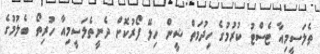
ތެލަސީމިއާ ޓެސްޓު ކުރުުމުގެ ހިދުމަތް ޝީން ހިލޭ ފޯރުކޮށް ދެނީތެލަސީމިއާ ހުރިތޯ ބެލުމުގެ